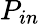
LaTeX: P_{in}